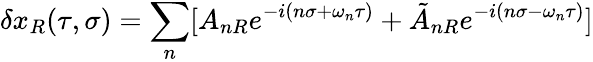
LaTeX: \delta x_{R}(\tau,\sigma)=\sum_{n}[A_{nR}e^{-i(n\sigma+\omega_{n}\tau)}+\tilde{A}_{nR}e^{-i(n\sigma-\omega_{n}\tau)}]